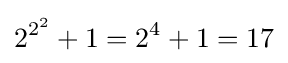
2^{2^{2}}+1=2^{4}+1=17